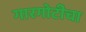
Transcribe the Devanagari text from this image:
गारगोटीचा